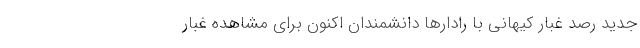
جدید رصد غبار کیهانی با رادارها دانشمندان اکنون برای مشاهده غبار